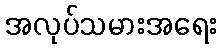
အလုပ်သမားအရေး